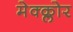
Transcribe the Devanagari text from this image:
मेक्क्लोर